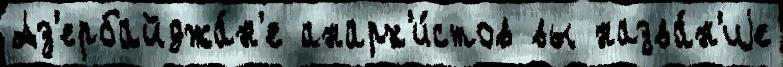
Аз'ербайджа́н'е анарх'и́стов вы назва́н'иjе